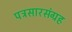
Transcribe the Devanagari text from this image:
पत्रसारसंग्रह